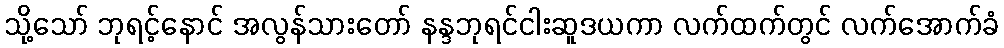
သို့သော် ဘုရင့်နောင် အလွန်သားတော် နန္ဒဘုရင်ငါးဆူဒယကာ လက်ထက်တွင် လက်အောက်ခံ